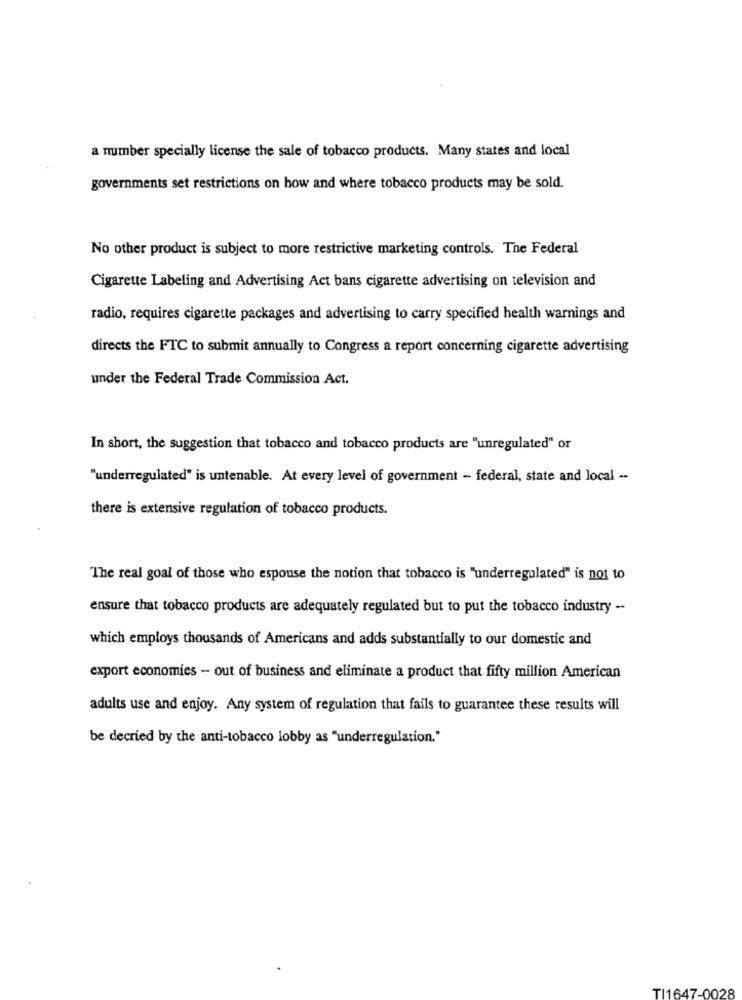
a number specially license the sale of tobacco products. Many states and local
governments set restrictions on how and where tobacco products may be sold.
No other product is subject to more restrictive marketing controls. The Federal
Cigarette Labeling and Advertising Act bans cigarette advertising on television and
radio, requires cigarette packages and advertising to carry specified health warnings and
directs the FTC to submit annually to Congress a report concerning cigarette advertising
under the Federal Trade Commission Act.
In short, the suggestion that tobacco and tobacco products are "unregulated" or
"underregulated" is untenable. At every level of government - federal, state and local --
there is extensive regulation of tobacco products.
The real goal of those who espouse the notion that tobacco is "underregulated" is not to
ensure that tobacco products are adequately regulated but to put the tobacco industry --
which employs thousands of Americans and adds substantially to our domestic and
export economies - out of business and eliminate a product that fifty million American
adults use and enjoy. Any system of regulation that fails to guarantee these results will
be decried by the anti-tobacco lobby as "underregulation."
TI1647-0028